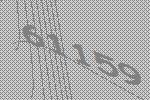
61159